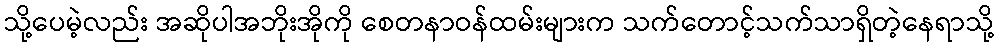
သို့ပေမဲ့လည်း အဆိုပါအဘိုးအိုကို စေတနာဝန်ထမ်းများက သက်တောင့်သက်သာရှိတဲ့နေရာသို့